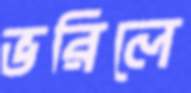
ভরিলে